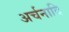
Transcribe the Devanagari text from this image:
अर्चनादि